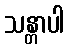
သန္တာပါ